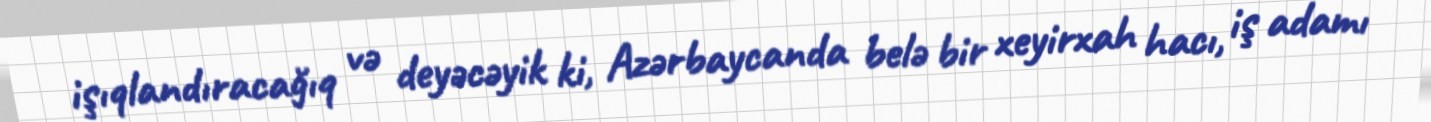
işıqlandıracağıq və deyəcəyik ki, Azərbaycanda belə bir xeyirxah hacı, iş adamı